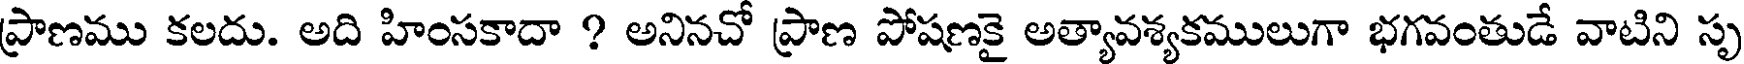
ప్రాణము కలదు. అది హింసకాదా ? అనినచో ప్రాణ పోషణకై అత్యావశ్యకములుగా భగవంతుడే వాటిని సృ